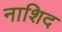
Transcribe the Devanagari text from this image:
नाशिद